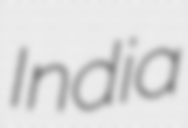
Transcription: India